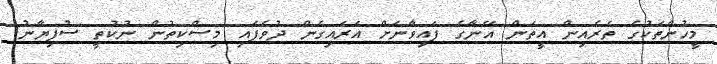
މީހުންތަކުގެ ތެރެއިން އީތަން އޭނާގެ ފައިވާނަށް އަރައިގެން ދުވެފައި މިސްކިތުން ނުކުތީ ސުފިޔާނު